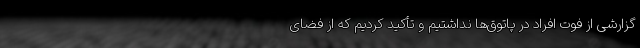
گزارشی از فوت افراد در پاتوق‌‌ها نداشتیم و تأکید کردیم که از فضای